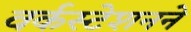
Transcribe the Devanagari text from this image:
वर्कस्टेशनने